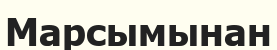
Марсымынан